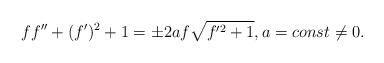
LaTeX: \begin{align*} f f''+(f')^2 + 1= \pm 2a f \sqrt{f'^2 + 1}, a = const \neq 0.\end{align*}